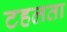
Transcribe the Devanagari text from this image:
टहलता